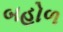
બહોળ